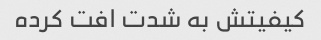
کیفیتش به شدت افت کرده